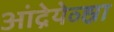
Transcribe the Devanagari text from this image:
आंद्रेयेव्ह्ना